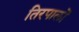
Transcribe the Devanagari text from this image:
तिरपालों